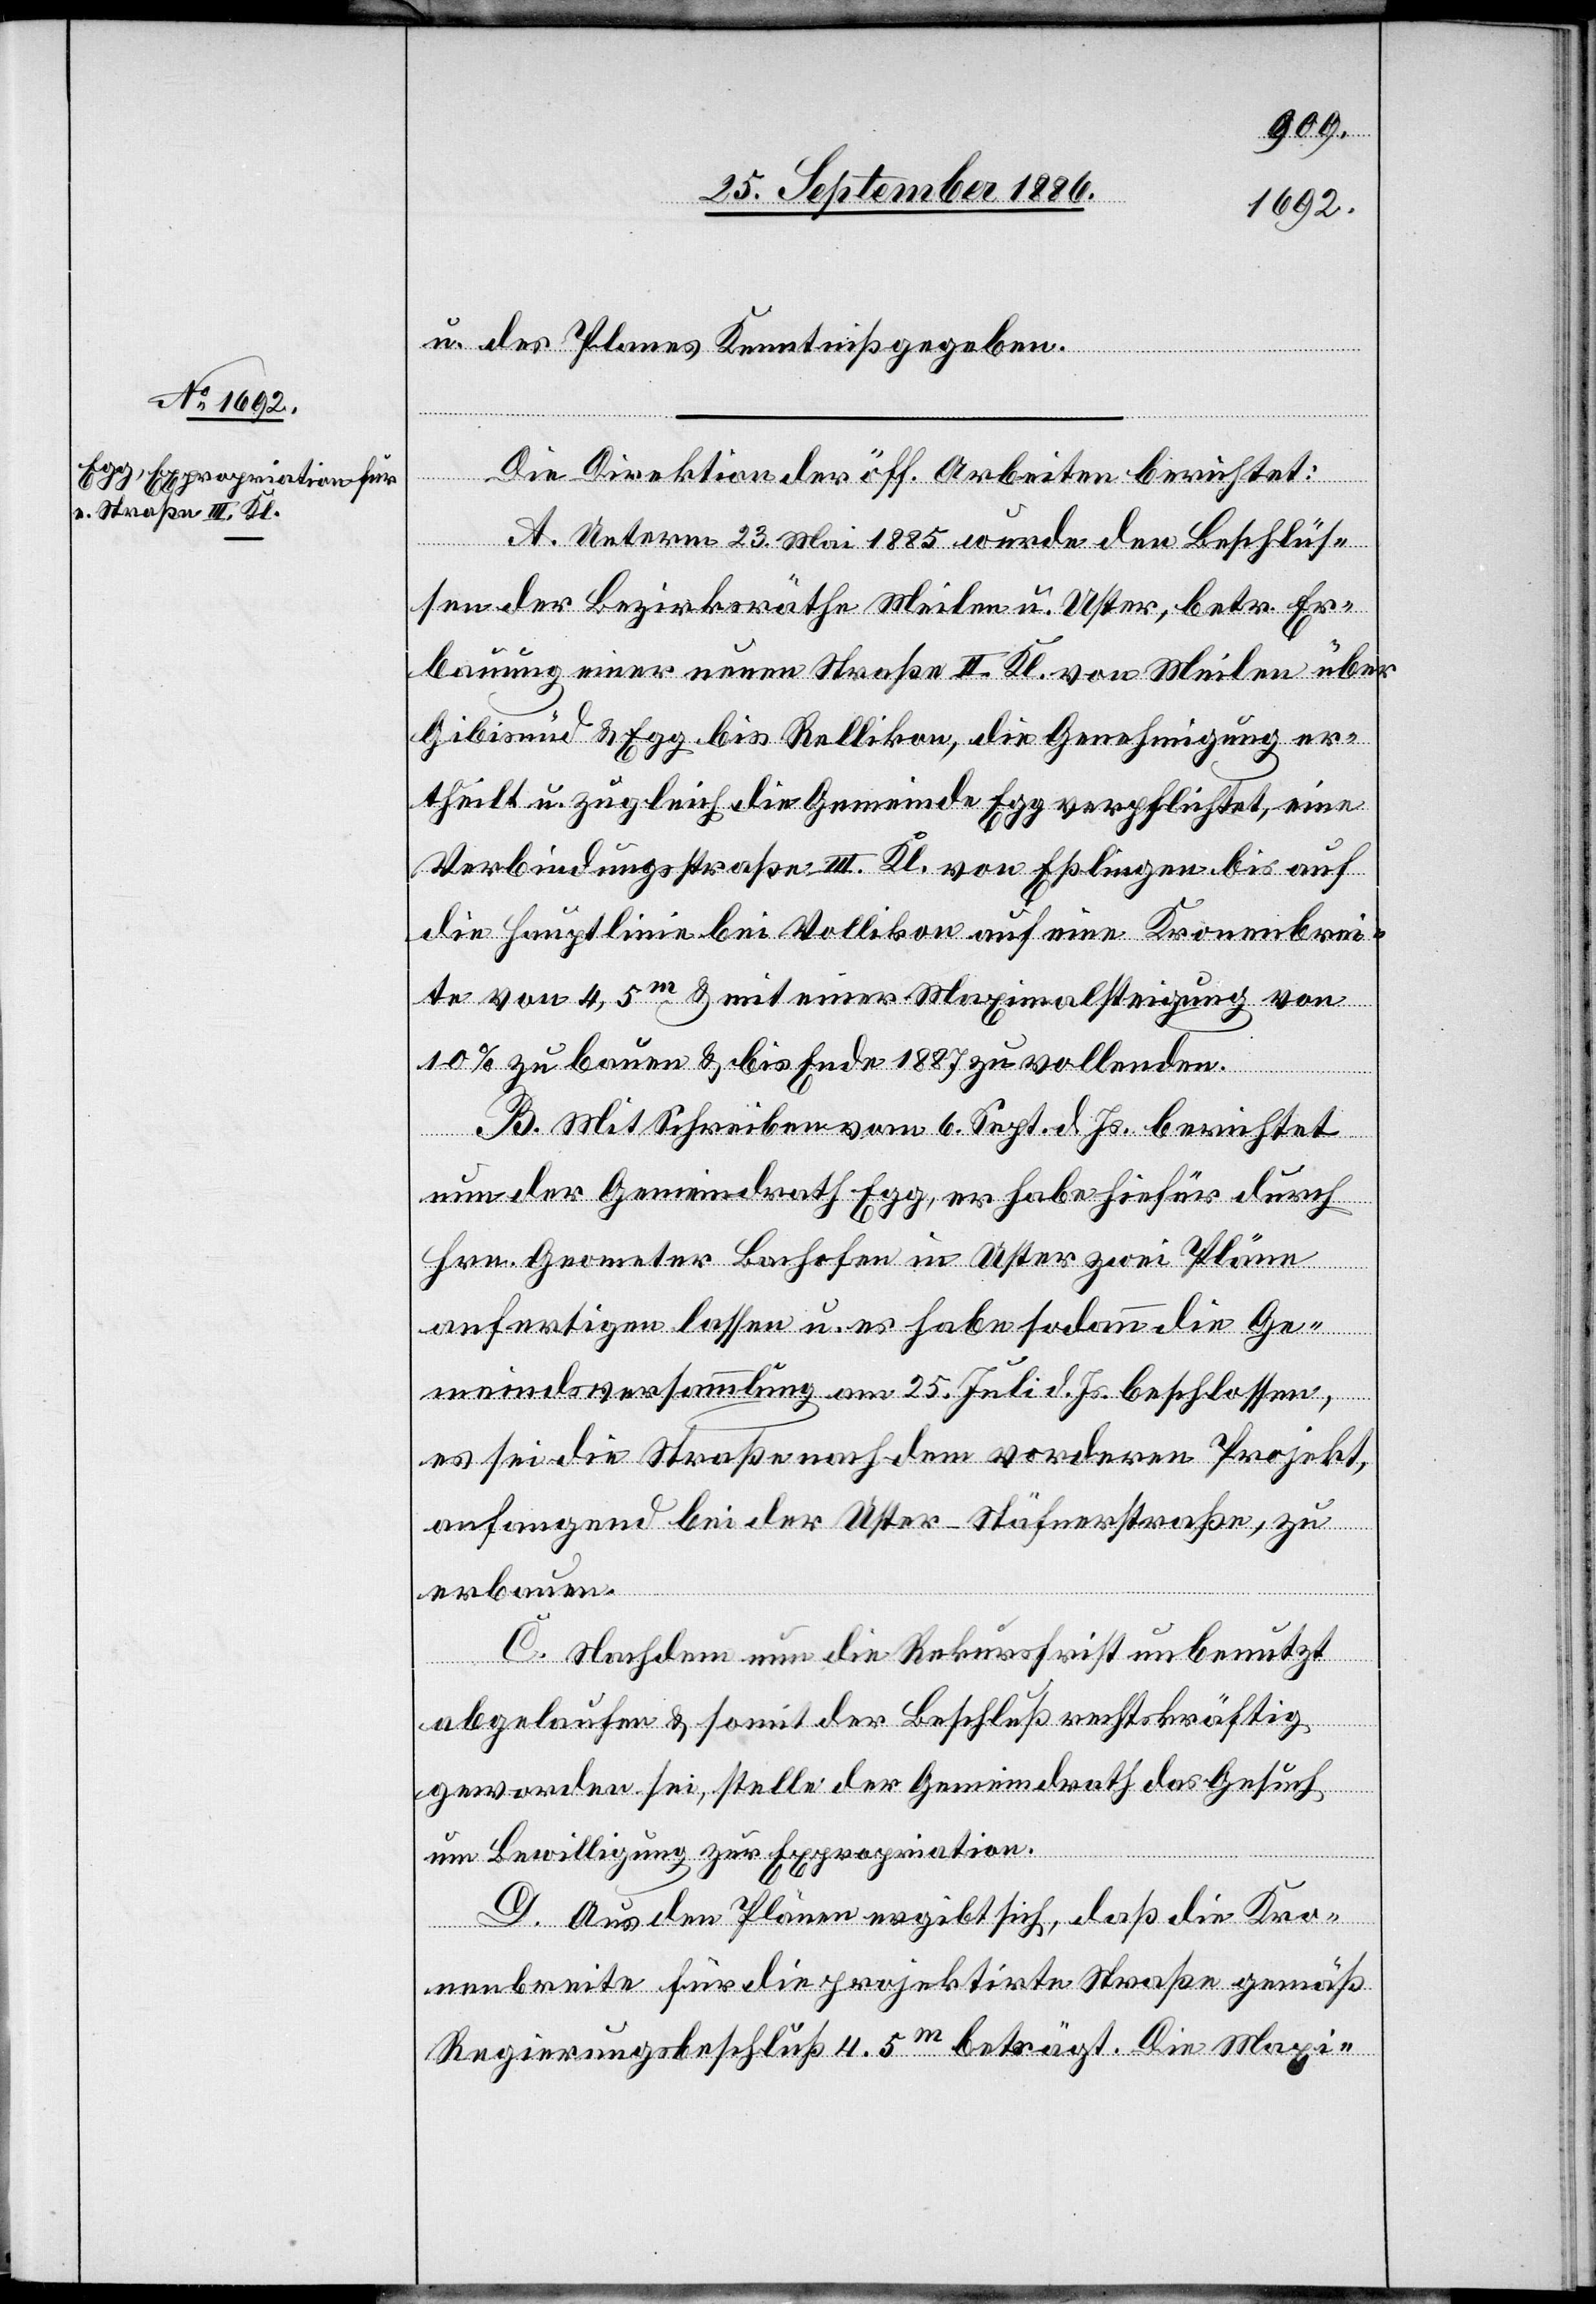
u. des Planes Kenntniß gegeben.
Die Direktion der öff. Arbeiten berichtet:
A. Unterm 23. Mai 1885 wurde den Beschlüs¬
sen der Bezirksräthe Meilen u. Uster, betr. Er¬
bauung einer neuen Straße II. Kl. von Meilen über
Gibisnüd & Egg bis Rellikon, die Genehmigung er¬
theilt u. zugleich die Gemeinde Egg verpflichtet, eine
Verbindungsstraße III. Kl. von Eßlingen bis auf
die Hauptlinie bei Vollikon auf eine Kronenbrei¬
te von 4,5m & mit einer Maximalsteigung von
10% zu bauen & bis Ende 1887 zu vollenden.
B. Mit Schreiben vom 6. Sept. d. Js. berichtet
nun der Gemeindrath Egg, er habe hiefür durch
Hrn. Geometer Bachofen in Uster zwei Pläne
anfertigen lassen u. es habe sodann die Ge¬
meindsversammlung am 25. Juli d. Js. beschlossen,
es sei die Straße nach dem vorderen Projekt,
anfangend bei der Uster–Stäfnerstraße, zu
erbauen.
C. Nachdem nun die Rekursfrist unbenutzt
abgelaufen & somit der Beschluß rechtskräftig
geworden sei, stelle der Gemeindrath das Gesuch
um Bewilligung zur Expropriation.
D. Aus den Plänen ergibt sich, daß die Kro¬
nenbreite für die projektirte Straße gemäß
Regierungsbeschluß 4.5m beträgt. Die Maxi-